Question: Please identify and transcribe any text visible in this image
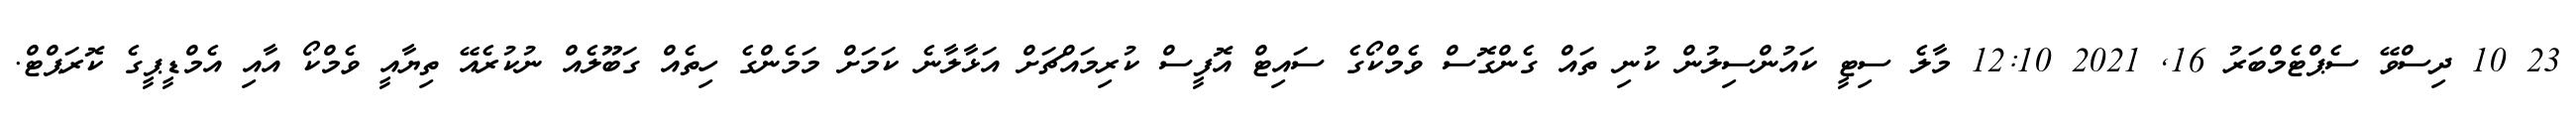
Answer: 23 10 ދިސްވޭ ސެޕްޓެމްބަރު 16, 2021 12:10 މާލެ ސިޓީ ކައުންސިލުން ކުނި ތައް ގެންގޮސް ވެމްކޯގެ ސައިޓް އޮފީސް ކުރިމައްޗަށް އަޅާލާނެ ކަމަށް މަމެންގެ ހިތެއް ގަބޫލެއް ނުކުރެއޭ ތިޔާއީ ވެމްކޯ އާއި އެމްޑީޕީގެ ކޮރަޕްޓް.